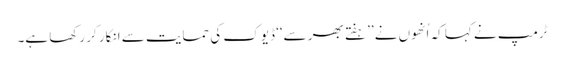
ٹرمپ نے کہا کہ اُنھوں نے ’’ہفتے بھر سے‘‘ ڈیوک کی حمایت سے انکار کر رکھا ہے۔